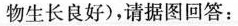
物生长良好)，请据图回答：